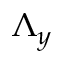
\Lambda _ { y }